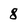
Character: 8